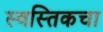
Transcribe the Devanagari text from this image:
स्वस्तिकचा